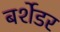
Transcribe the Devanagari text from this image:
बर्शेडर